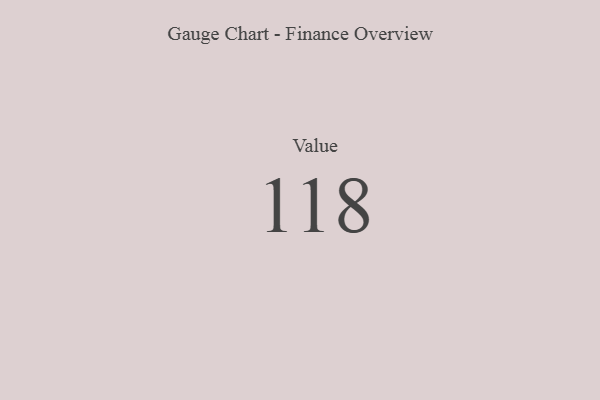
{"axis": {"x": "Metric", "y": "Value"}, "legend": [""], "data": [{"x": "Value", "y": 118, "type": ""}]}